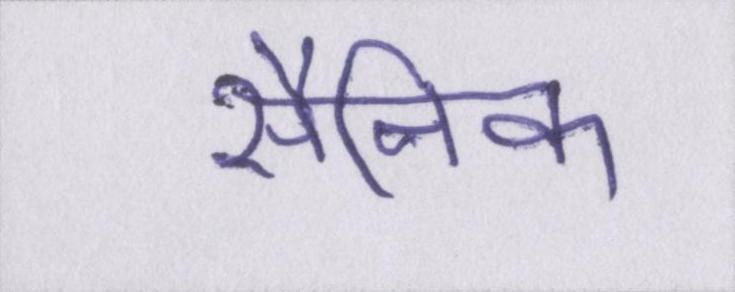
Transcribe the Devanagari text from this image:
सैनिक